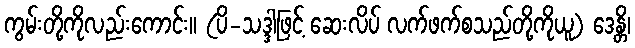
ကွမ်းတို့ကိုလည်းကောင်း။ (ပိ-သဒ္ဒါဖြင့် ဆေးလိပ် လက်ဖက်စသည်တို့ကိုယူ) ဒေန္တိ၊